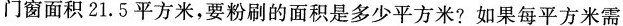
门窗面积21.5平方米，要粉刷的面积是多少平方米? 如果每平方米需